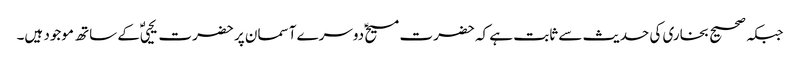
جبکہ صحیح بخاری کی حدیث سے ثابت ہے کہ حضرت مسیحؑ دوسرے آسمان پر حضرت یحییٰؑ کے ساتھ موجود ہیں۔